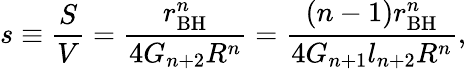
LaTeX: s\equiv\frac{S}{V}=\frac{r_{\mathrm{BH}}^{n}}{4G_{n+2}R^{n}}=\frac{(n-1)r_{\mathrm{BH}}^{n}}{4G_{n+1}l_{n+2}R^{n}},